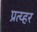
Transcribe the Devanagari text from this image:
प्रत्य्हर